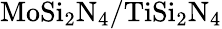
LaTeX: \mathrm{MoSi_{2}N_{4}/TiSi_{2}N_{4}}